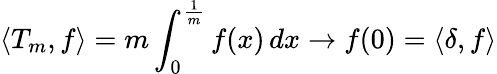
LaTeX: \langle T_{m},f\rangle=m\int_{0}^{\frac{1}{m}}f(x)\, dx\to f(0)=\langle\delta,f\rangle